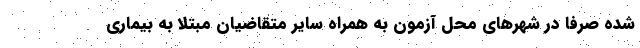
شده صرفاً در شهرهای محل آزمون به همراه سایر متقاضیان مبتلا به بیماری